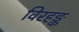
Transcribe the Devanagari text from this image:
विरहङ्क